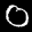
Label: 0